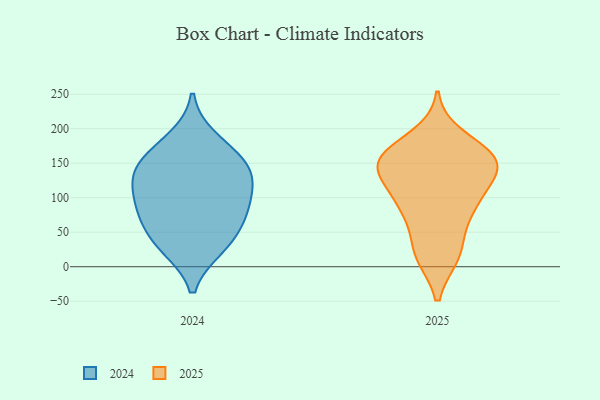
{"axis": {"x": "Website Visitors", "y": "Value"}, "legend": ["2024", "2025"], "data": [{"x": "", "y": 132, "type": "2024"}, {"x": "", "y": 28, "type": "2024"}, {"x": "", "y": 88, "type": "2024"}, {"x": "", "y": 31, "type": "2024"}, {"x": "", "y": 87, "type": "2024"}, {"x": "", "y": 133, "type": "2024"}, {"x": "", "y": 185, "type": "2024"}, {"x": "", "y": 154, "type": "2024"}, {"x": "", "y": 156, "type": "2024"}, {"x": "", "y": 118, "type": "2024"}, {"x": "", "y": 53, "type": "2024"}, {"x": "", "y": 79, "type": "2024"}, {"x": "", "y": 161, "type": "2025"}, {"x": "", "y": 92, "type": "2025"}, {"x": "", "y": 153, "type": "2025"}, {"x": "", "y": 140, "type": "2025"}, {"x": "", "y": 153, "type": "2025"}, {"x": "", "y": 83, "type": "2025"}, {"x": "", "y": 188, "type": "2025"}, {"x": "", "y": 95, "type": "2025"}, {"x": "", "y": 18, "type": "2025"}, {"x": "", "y": 160, "type": "2025"}, {"x": "", "y": 70, "type": "2025"}, {"x": "", "y": 114, "type": "2025"}, {"x": "", "y": 17, "type": "2025"}, {"x": "", "y": 135, "type": "2025"}, {"x": "", "y": 159, "type": "2025"}, {"x": "", "y": 22, "type": "2025"}, {"x": "", "y": 149, "type": "2025"}]}